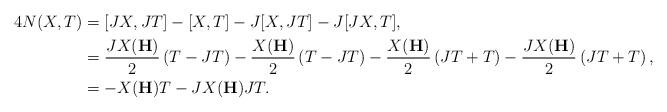
LaTeX: \begin{align*} 4N(X,T)&=[JX,JT]-[X,T]-J[X,JT]-J[JX,T],\\ &=\frac{JX(\textbf{H})}{2}\left(T-JT \right)-\frac{X(\textbf{H})}{2}\left(T-JT \right)-\frac{X(\textbf{H})}{2}\left(JT+T \right)-\frac{JX(\textbf{H})}{2}\left(JT+T \right),\\ &=-X(\textbf{H})T-JX(\textbf{H}) JT. \end{align*}